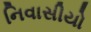
નિવાસીયો